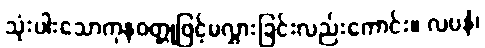
သုံးပါးသောကုနဝတ္တုဖြင့်မလွှားခြင်းလည်းကောင်း။ လပနံ၊